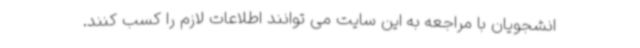
انشجویان با مراجعه به این سایت می توانند اطلاعات لازم را کسب کنند.